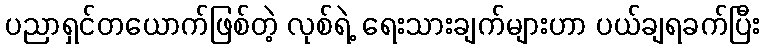
ပညာရှင်တယောက်ဖြစ်တဲ့ လုစ်ရဲ့ ရေးသားချက်များဟာ ပယ်ချရခက်ပြီး